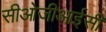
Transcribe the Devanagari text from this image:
सीओजीआईसी